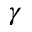
\gamma